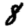
Digit: 8